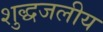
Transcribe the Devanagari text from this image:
शुद्धजलीय